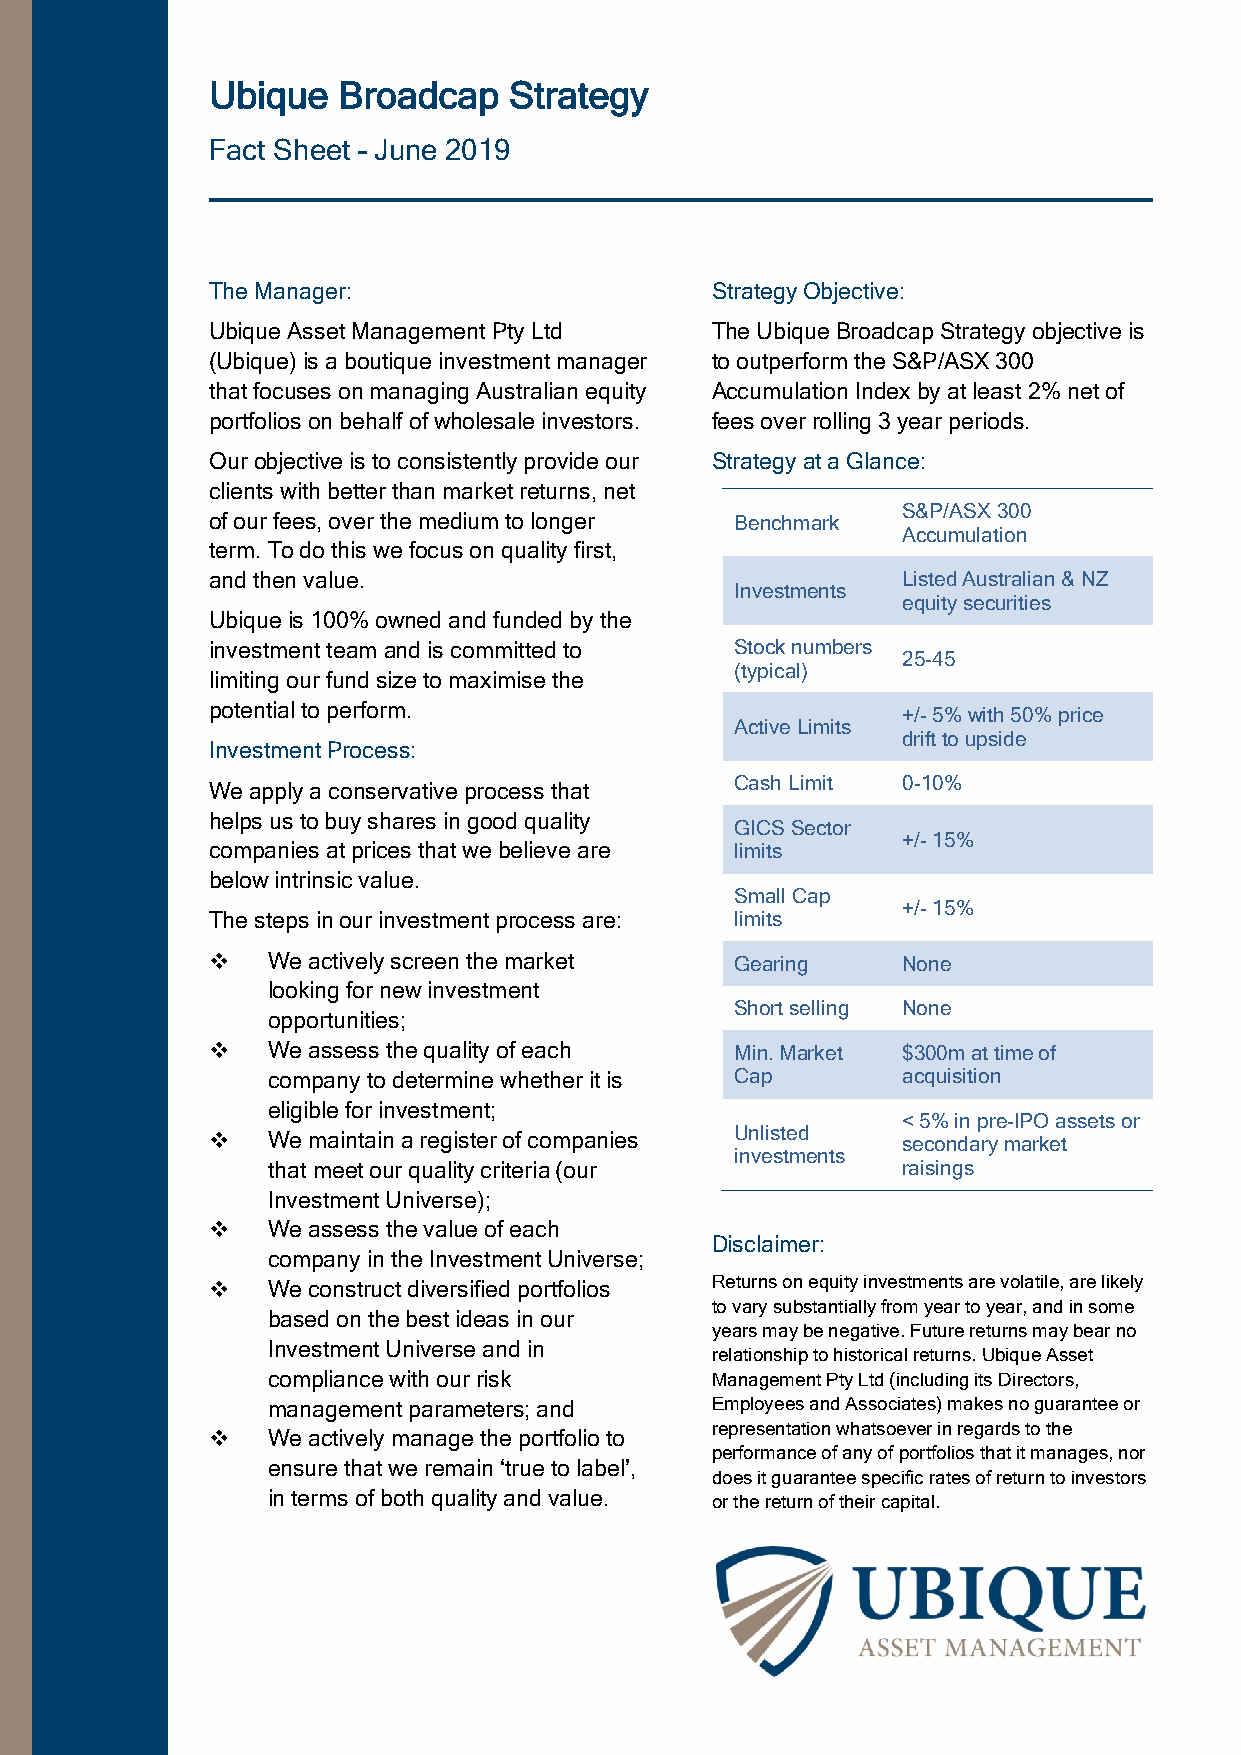
Ubique  Broadcap    Strategy
 Fact Sheet – June 2019
 The Manager:                     Strategy Objective:
 Ubique Asset Management Pty Ltd  The Ubique Broadcap Strategy objective is
 (Ubique) is a boutique investment manager to outperform the S&P/ASX 300
 that focuses on managing Australian equity Accumulation Index by at least 2% net of
 portfolios on behalf of wholesale investors. fees over rolling 3 year periods.
 Our objective is to consistently provide our Strategy at a Glance:
 clients with better than market returns, net
 S&P/ASX 300
 of our fees, over the medium to longer Benchmark
 Accumulation
 term. To do this we focus on quality first,
 and then value.                               Listed Australian & NZ
 Investments
 equity securities
 Ubique is 100% owned and funded by the
 investment team and is committed to Stock numbers
 25-45
 (typical)
 limiting our fund size to maximise the
 potential to perform.                         +/- 5% with 50% price
 Active Limits
 drift to upside
 Investment Process:
 Cash Limit 0-10%
 We apply a conservative process that
 helps us to buy shares in good quality
 GICS Sector
 +/- 15%
 companies at prices that we believe are limits
 below intrinsic value.
 Small Cap
 +/- 15%
 The steps in our investment process are: limits
    We actively screen the market  Gearing    None
 looking for new investment
 Short selling None
 opportunities;
    We assess the quality of each  Min. Market $300m at time of
 company to determine whether it is Cap    acquisition
 eligible for investment;
 < 5% in pre-IPO assets or
 Unlisted
    We maintain a register of companies       secondary market
 investments
 that meet our quality criteria (our       raisings
 Investment Universe);
    We assess the value of each
 Disclaimer:
 company in the Investment Universe;
    We construct diversified portfolios Returns on equity investments are volatile, are likely
 to vary substantially from year to year, and in some
 based on the best ideas in our
 years may be negative. Future returns may bear no
 Investment Universe and in
 relationship to historical returns. Ubique Asset
 compliance with our risk     Management Pty Ltd (including its Directors,
 management parameters; and   Employees and Associates) makes no guarantee or
 representation whatsoever in regards to the
    We actively manage the portfolio to
 performance of any of portfolios that it manages, nor
 ensure that we remain ‘true to label’,
 does it guarantee specific rates of return to investors
 in terms of both quality and value. or the return of their capital.